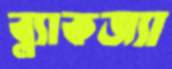
ব্ল্যাকজ্যা